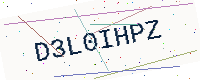
Text: D3L0IHPZ